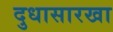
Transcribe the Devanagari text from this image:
दुधासारखा